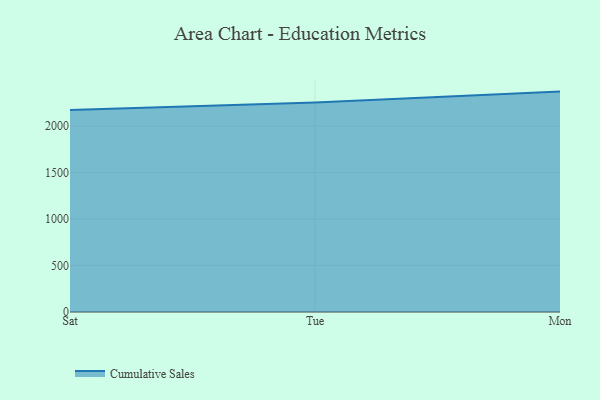
{"axis": {"x": "Day", "y": "Tickets Resolved"}, "legend": ["Cumulative Sales"], "data": [{"x": "Sat", "y": 2172.6, "type": "Cumulative Sales"}, {"x": "Tue", "y": 2255.4, "type": "Cumulative Sales"}, {"x": "Mon", "y": 2371.8, "type": "Cumulative Sales"}]}